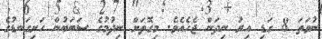
ނުވަތަ 8 ގަޑި އިރު ނިދަން ޖެހެއެވެ. މިގޮތަށް ނިދުމުގެ ސަބަބުން ހަށިގަނޑުގެ